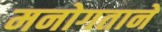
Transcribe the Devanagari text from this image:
मनोगताने